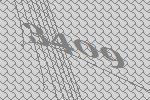
3409